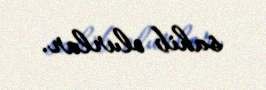
sahib olurlar.